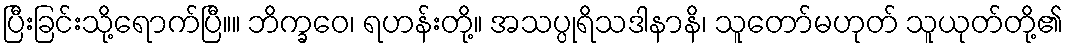
ပြီးခြင်းသို့ရောက်ပြီ။။ ဘိက္ခဝေ၊ ရဟန်းတို့။ အသပ္ပုရိသဒါနာနိ၊ သူတော်မဟုတ် သူယုတ်တို့၏